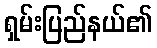
ရှမ်းပြည်နယ်၏